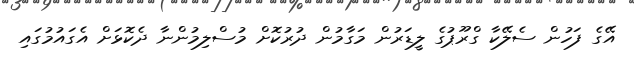
އޭގެ ފަހުން ސެލޭކާ ގްރޫޕުގެ ލީޑަރުން މަގާމުން ދުރުކޮށް މުސްލިމުންނާ ދެކޮޅަށް އެގައުމުގައި